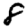
Digit: 8